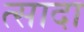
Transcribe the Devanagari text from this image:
त्सादा